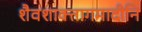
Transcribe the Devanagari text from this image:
शैवशाक्तागमादीनि